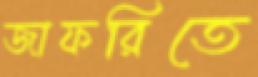
জাফরিতে